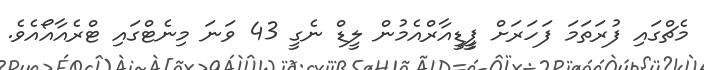
މެޗްގައި ފުރަތަމަ ފަހަރަށް ޕީީޑީއާރްއެމުން ލީޑް ނެގީ 43 ވަނަ މިނެޓްގައި ޓްރެއާއޯއެވެ.